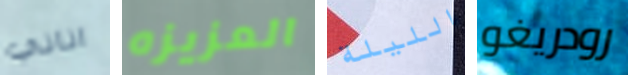
اناني العزيزه الليلة رودريغو